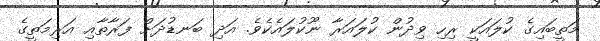
މަތީބައިގެ ކުލައަކީ ރިހި ވިދުން ކުލައަރާ ނޫކުލައެކެވެ. އަދި ބަނޑުދަށް ފަރާތާއި އަރިމަތީގެ